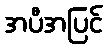
အပီအပြင်